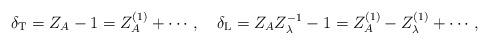
LaTeX: \begin{align*}\delta_{\rm T}=Z_A-1=Z_A^{(1)}+\cdots, \quad \delta_{\rm L}=Z_AZ_\lambda^{-1}-1=Z_A^{(1)}-Z_\lambda^{(1)}+\cdots ,\end{align*}